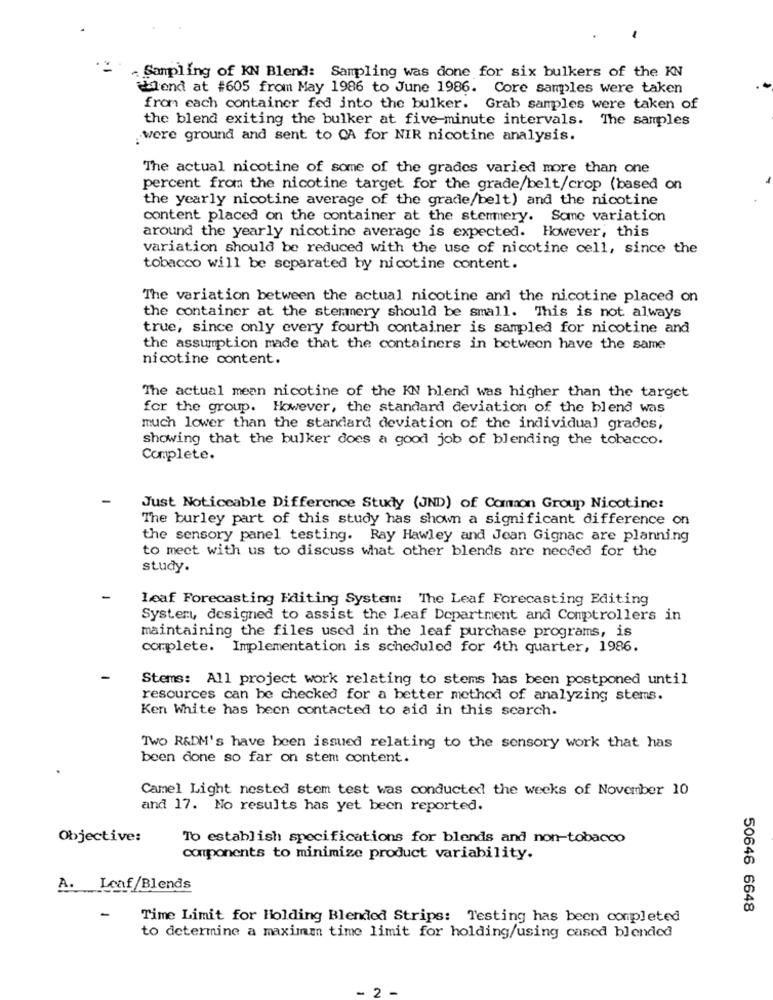
- Sampling of KN Blend: Sampling was done for six bulkers of the KN
ilend at #605 from May 1986 to June 1986. Core samples were taken
from each container fed into the bulker. Grab samples were taken of
the blend exiting the bulker at five-minute intervals. The samples
.were ground and sent to CA for NIR nicotine analysis.
The actual nicotine of some of the grades varied more than one
percent from the nicotine target for the grade/belt/crop (based on
the yearly nicotine average of the grade/belt) and the nicotine
content placed on the container at the stemmery. Some variation
around the yearly nicotine average is expected. However, this
variation should be reduced with the use of nicotine cell, since the
tobacco will be separated by nicotine content.
The variation between the actual nicotine and the nicotine placed on
the container at the stemmery should be small. This is not always
true, since only every fourth container is sampled for nicotine and
the assumption made that the containers in between have the same
nicotine content.
The actual mean nicotine of the KN blend was higher than the target
for the group. However, the standard deviation of the blend was
much lower than the standard deviation of the individual grades,
showing that the bulker does a good job of blending the tobacco.
Complete.
Just Noticeable Difference Study (JND) of Common Group Nicotine:
The burley part of this study has shown a significant difference on
the sensory panel testing. Ray Hawley and Jean Gignac are planning
to meet with us to discuss what other blends are needed for the
study.
-
Leaf Forecasting Editing System: The Leaf Forecasting Editing
System, designed to assist the Leaf Department and Comptrollers in
maintaining the files used in the leaf purchase programs, is
complete. Implementation is scheduled for 4th quarter, 1986.
Stems: All project work relating to stems has been postponed until
resources can be checked for a better method of analyzing stems.
Ken White has been contacted to aid in this search.
TWO R&DM's have been issued relating to the sensory work that has
been done so far on stem content.
Camel Light nested stem test was conducted the weeks of November 10
and 17. No results has yet been reported.
Objective:
To establish specifications for blends and non-tobacco
components to minimize product variability.
A. Lenf/Blends
-
50646 6648
Time Limit for Holding Blended Strips: Testing has been completed
to determine a maximan time limit for holding/using cased blended
2